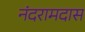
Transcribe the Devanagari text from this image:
नंदरामदास